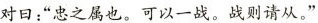
”对曰：”忠之属也。可以一战。战则请从。”